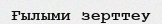
Ғылыми зерттеу